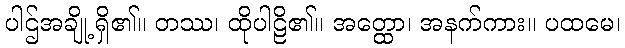
ပါဌ်အချို့ရှိ၏။ တဿ၊ ထိုပါဠိ၏။ အတ္ထော၊ အနက်ကား။ ပထမေ၊